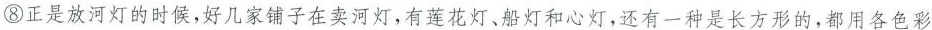
⑧正是放河灯的时候，好几家铺子在卖河灯，有莲花灯、船灯和心灯，还有一种是长方形，都用各色彩